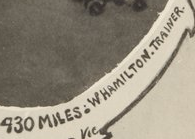
930 MILES.WHAMILTON.TRAINER.